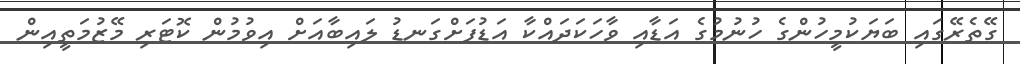
ގޭތެރޭގައި ބަޔަކުމީހުންގެ ހުނުމުގެ އަޑާއި ވާހަކަދައްކާ އަޑުފަށްގަނޑު ލައިބާއަށް އިވުމުން ކޮޓަރި މޭޒުމަތީއިން